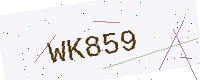
Text: WK859